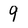
Character: 9